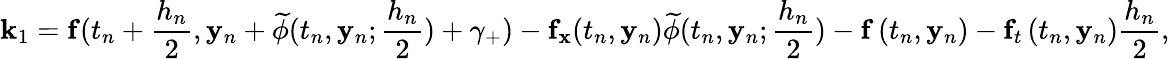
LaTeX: \mathbf{k}_{1}=\mathbf{f}(t_{n}+{\frac{h_{n}}{2}},\mathbf{y}_{n}+{\widetilde{\mathbf{\phi}}}(t_{n},\mathbf{y}_{n};{\frac{h_{n}}{2}})+\gamma_{+})-\mathbf{f}_{\mathbf{x}}(t_{n},\mathbf{y}_{n}){\widetilde{\mathbf{\phi}}}(t_{n},\mathbf{y}_{n};{\frac{h_{n}}{2}})-\mathbf{f}\left(t_{n},\mathbf{y}_{n}\right)-\mathbf{f}_{t}\left(t_{n},\mathbf{y}_{n}\right){\frac{h_{n}}{2}},